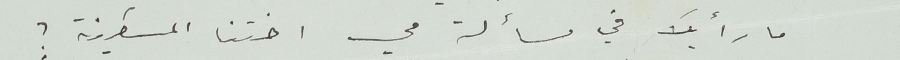
ما رأيك في مسألة مي اختنا المسكينة ؟